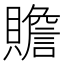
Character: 贍